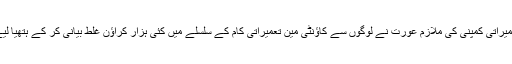
تعمیراتی کمپنی کی ملازم عورت نے لوگوں سے کاؤنٹی مین تعمیراتی کام کے سلسلے میں کئی ہزار کراؤن غلط بیانی کر کے ہتھیا لیے۔